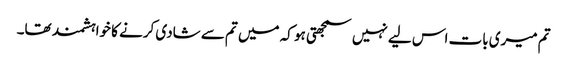
تم میری بات اس لیے نہیں سمجھتی ہو کہ میں تم سے شادی کرنے کا خواہشمند تھا۔